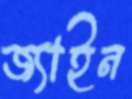
জ্যাইন